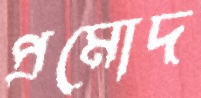
প্রমোদ